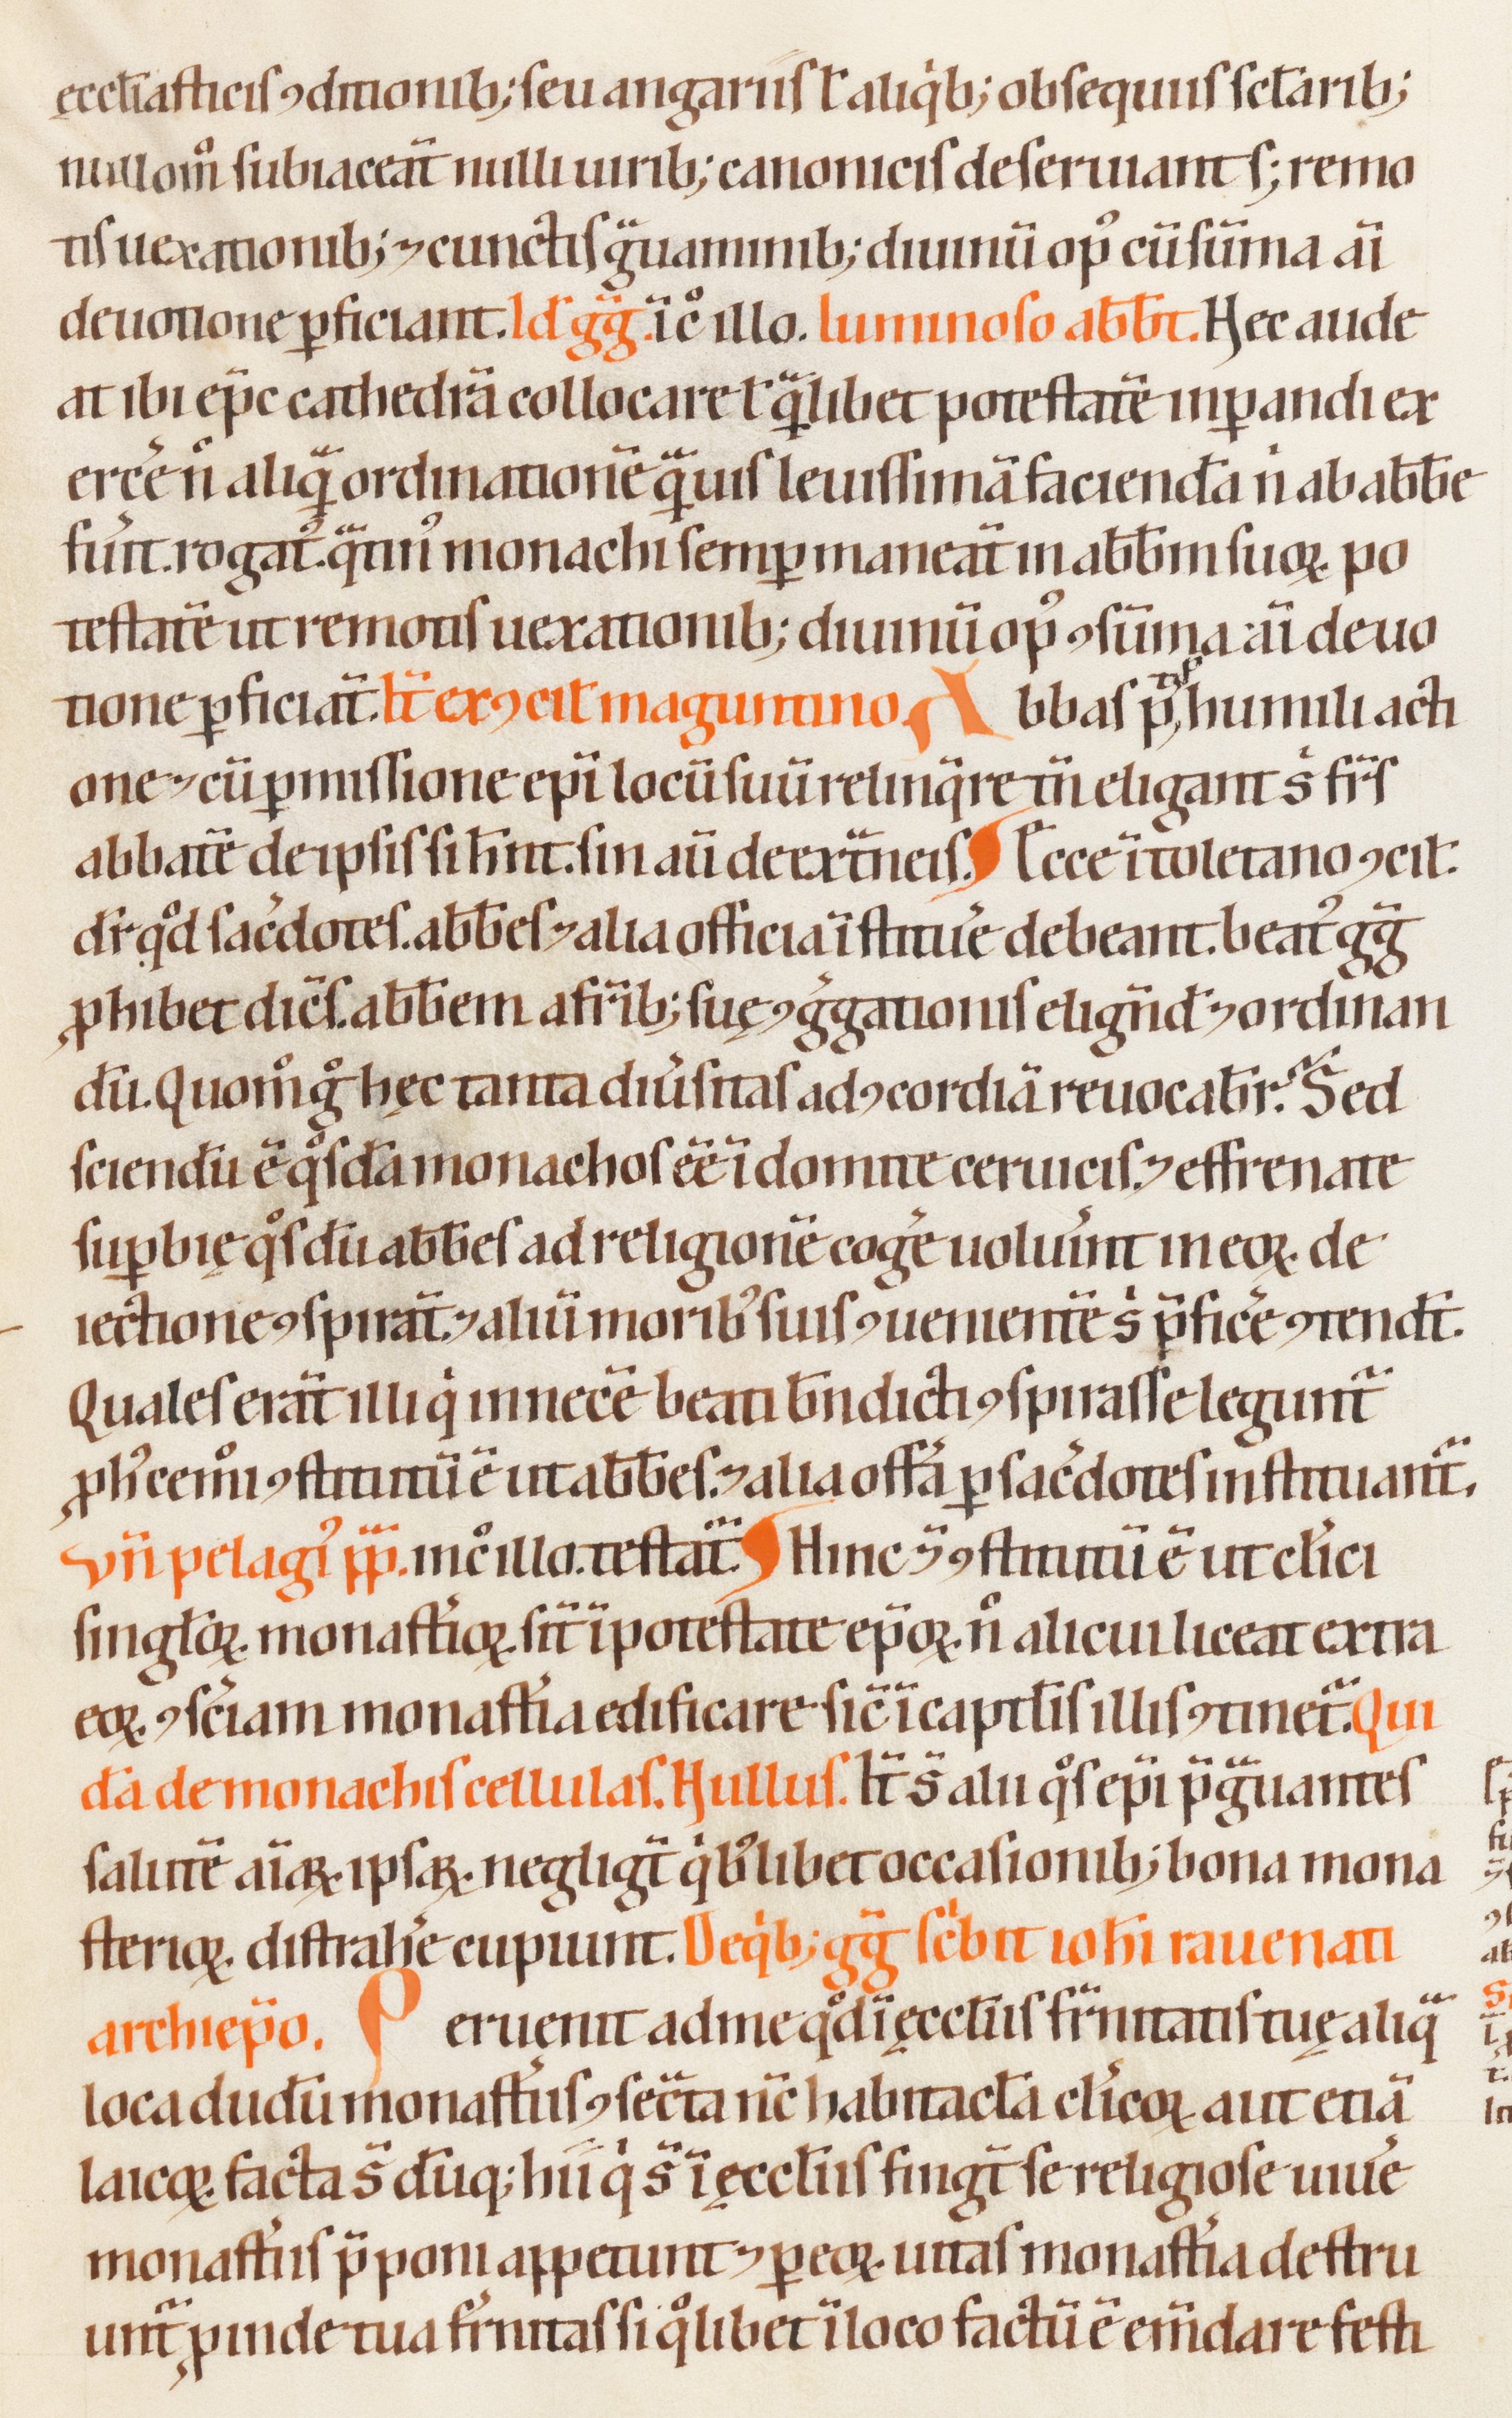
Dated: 1200–1299